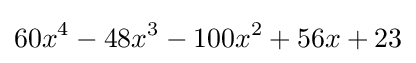
60x^{4}-48x^{3}-100x^{2}+56x+23